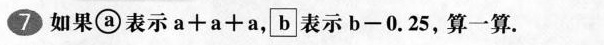
7.如果a表示a+a+a，b表示b-0.25，算一算.